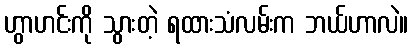
ဟွာဟင်းကို သွားတဲ့ ရထားသံလမ်းက ဘယ်ဟာလဲ။